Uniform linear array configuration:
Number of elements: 8
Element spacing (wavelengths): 0.75
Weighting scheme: hamming
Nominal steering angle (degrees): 60
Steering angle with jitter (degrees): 58.95
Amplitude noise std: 0.05
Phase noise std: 0.05

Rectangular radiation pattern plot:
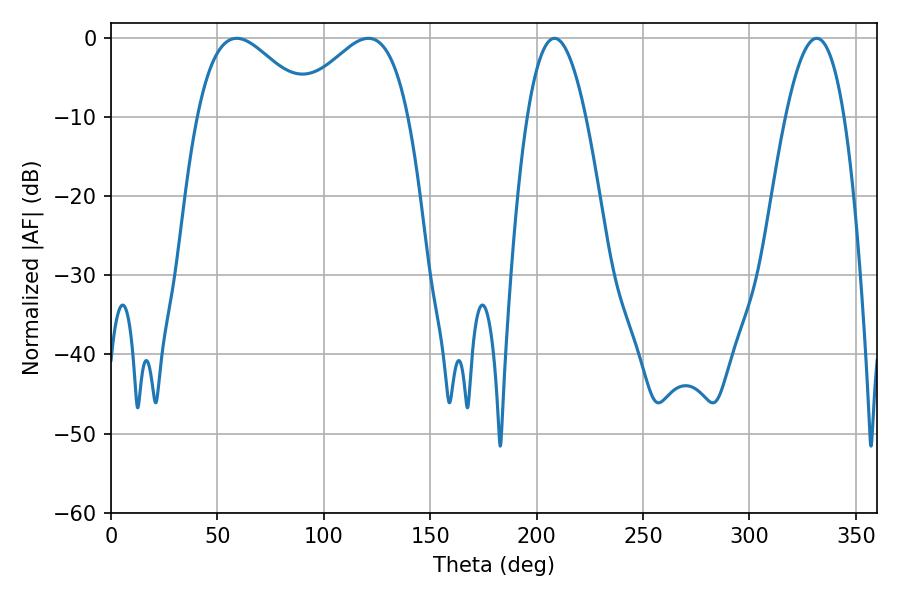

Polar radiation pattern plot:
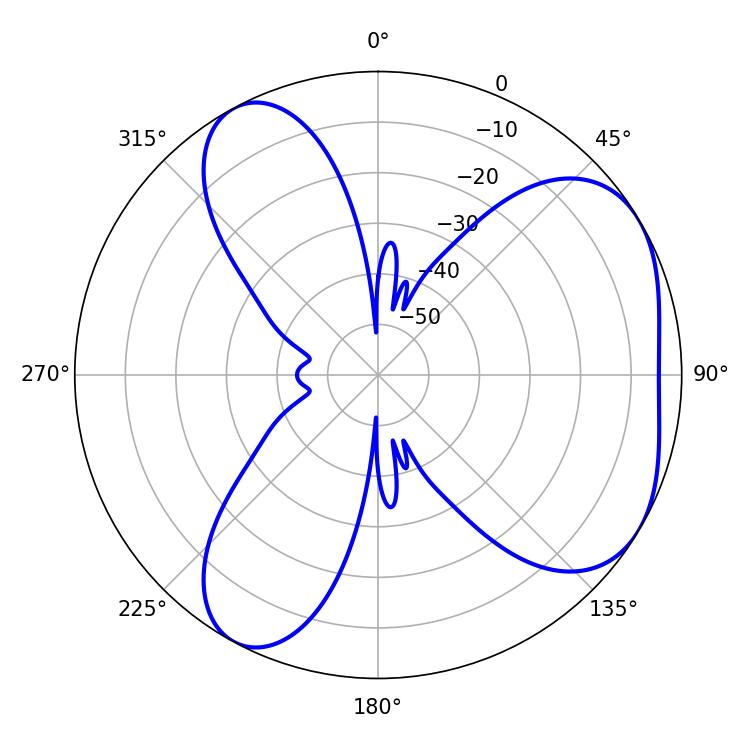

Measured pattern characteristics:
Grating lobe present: TRUE
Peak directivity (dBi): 4.76
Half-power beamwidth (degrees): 28.98
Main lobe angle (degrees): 59.04